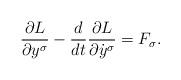
LaTeX: \begin{gather*}\frac{\partial L}{\partial y^\sigma} - \frac{d}{dt} \frac{\partial L}{\partial \dot y^\sigma} = F_\sigma .\end{gather*}